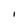
Character: I